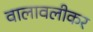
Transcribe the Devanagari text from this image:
वालावलीकर